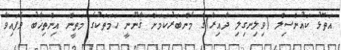
އަތޮޅު ކައުންސިލް (ވިލިނގިލި ދާއިރާ)ގެ މެންބަރުކަމަށް ޤާނޫނީ ހަމަތަކުގެ މަތީން އިންތިޚާބު ވެފައިވާ